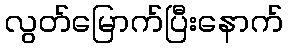
လွတ်မြောက်ပြီးနောက်